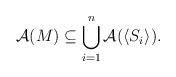
LaTeX: \begin{align*}\mathcal{A}(M) \subseteq \bigcup_{i=1}^n \mathcal{A}(\langle S_i \rangle). \end{align*}